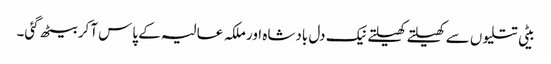
بیٹی تتلیوں سے کھیلتے کھیلتے نیک دل بادشاہ اور ملکہ عالیہ کے پاس آکر بیٹھ گئی۔